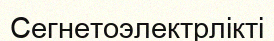
Сегнетоэлектрлікті